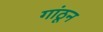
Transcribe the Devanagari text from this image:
गांठून